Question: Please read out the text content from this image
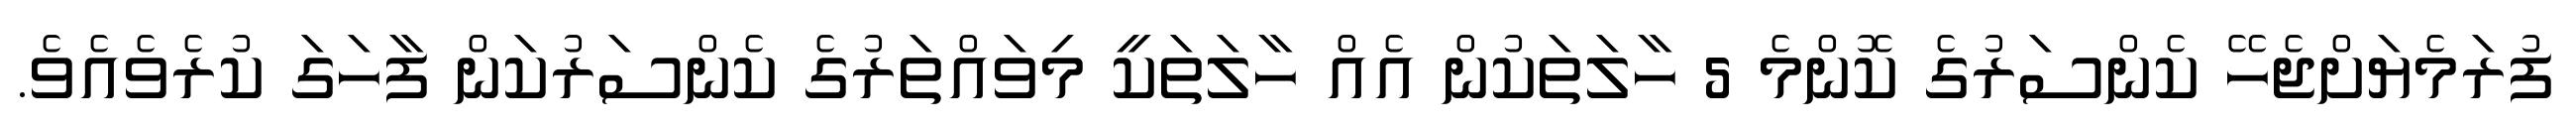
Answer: ފުރަމެޔަށްޖެހޭ ކެންސަރުގެ ކޮންމެ 5 ހާލަތަކުން އެއް ހާލަތަކީ މިވައްތަރުގެ ކެންސަރުކަން ފާހަގަ ކުރެވެއެވެ.